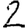
Digit: 2